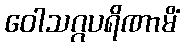
ဝေါသဂ္ဂပရိဏာမိံ